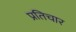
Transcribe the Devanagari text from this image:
प्रतिचार